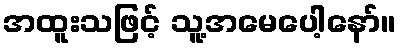
အထူးသဖြင့် သူ့အမေပေါ့နော်။